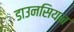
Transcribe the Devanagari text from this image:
डाउनसियन